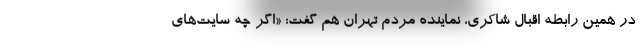
در همین رابطه اقبال شاکری، نماینده مردم تهران هم گفت: «اگر چه سایت‌های